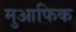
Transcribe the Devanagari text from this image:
मुआफिक